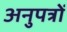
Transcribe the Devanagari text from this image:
अनुपत्रों